Civil Veterinary Department Bengal reports 1933-51 - 1933-1951
Year: 1933
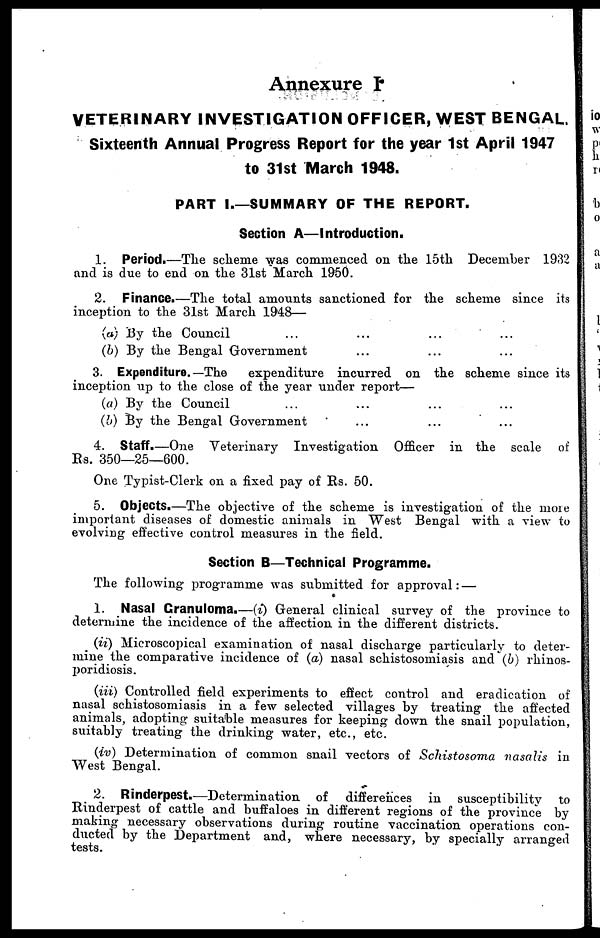
Annexure I
VETERINARY INVESTIGATION OFFICER, WEST BENGAL.
Sixteenth Annual Progress Report for the year 1st April 1947
to 31st March 1948.
PART I.—SUMMARY OF THE REPORT.
Section A—Introduction.
1. Period.—The scheme was commenced on the 15th December 1932
and is due to end on the 31st March 1950.
2. Finance.—The total amounts sanctioned for the scheme since its
inception to the 31st March 1948—
(a) By the Council
(b) By the Bengal Government
...
...
...
...
3. Expenditure.—The
expenditure incurred on the scheme since its
inception up to the close of the year under report—
(a) By the Council
(b) By the Bengal Government
... ... ...
...
4. Staff.—One Veterinary Investigation Officer in the scale of
Rs. 350—25—600.
One Typist-Clerk on a fixed pay of Rs. 50.
5. Objects.—The objective of the scheme is investigation of the more
important diseases of domestic animals in West Bengal with a view to
evolving effective control measures in the field.
Section B—Technical Programme.
The following programme was submitted for approval: —
1. Nasal Granuloma.—(i) General clinical survey of the province to
determine the incidence of the affection in the different districts.
(ii) Microscopical examination of nasal discharge particularly to deter-
mine the comparative incidence of (a) nasal schistosomiasis and (6) rhinos-
poridiosis.
(iii) Controlled field experiments to effect control and eradication of
nasal schistosomiasis in a few selected villages by treating the affected
animals, adopting suitable measures for keeping down the snail population,
suitably treating the drinking water, etc., etc.
(iv) Determination of common snail vectors of Schistosoma nasalis in
West Bengal.
2. Rinderpest.—Determination of differences in susceptibility to
Rinderpest of cattle and buffaloes in different regions of the province by
making necessary observations during routine vaccination operations con-
ducted by the Department and, where necessary, by specially arranged
tests.